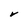
Character: V